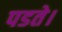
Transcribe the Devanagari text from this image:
पडते।